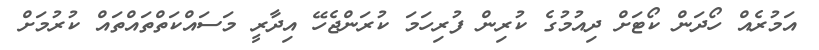
އަމުރެއް ހޯދަން ކޯޓަށް ދިއުމުގެ ކުރިން ފުރިހަމަ ކުރަންޖެހޭ އިދާރީ މަސައްކަތްތައްތައް ކުރުމަށް